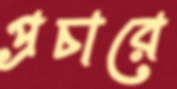
প্রচারে